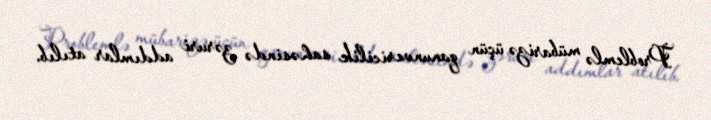
Problemlə mübarizə üçün qanunvericilik sahəsində zəruri addımlar atılıb.